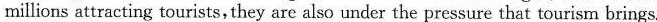
millions attracting tourists,they are also under the pressure that tourism brings.